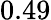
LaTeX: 0.49